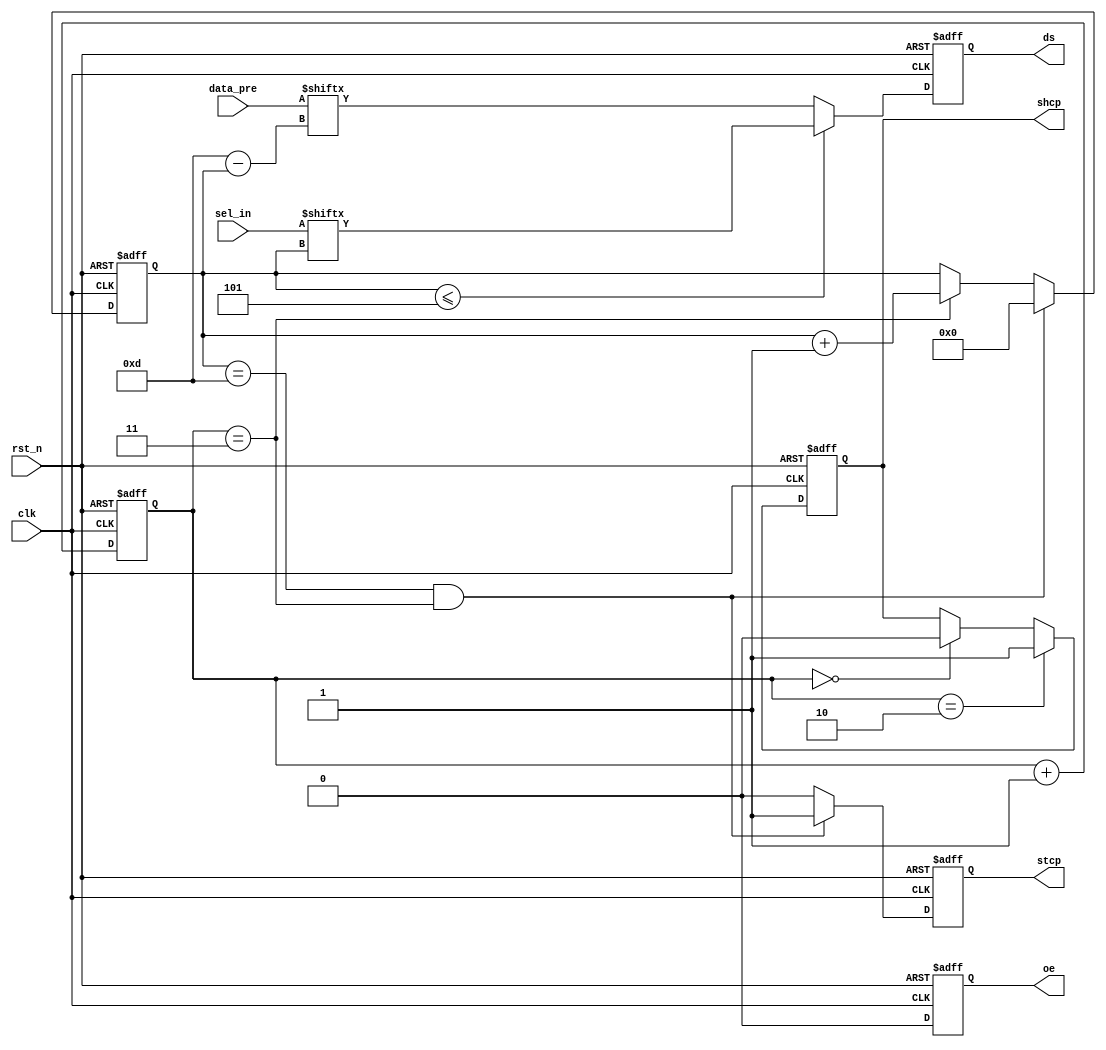
module Hc595_Pre (
	input clk,
	input rst_n,
	input [7:0] data_pre,
	input [5:0] sel_in,
	output reg ds,
	output reg shcp,
	output reg stcp,
	output reg oe
);

	reg [1:0] cnt_4;	//shcp4clk
	reg [3:0] cnt_14;   //

	/*cnt_4*/
	always @(posedge clk or negedge rst_n) begin
		if(~rst_n) begin
			cnt_4 <= 2'd0;
		end else begin
			cnt_4 <= cnt_4 + 2'd1;
		end
	end

	/*cnt_14*/
	always @(posedge clk or negedge rst_n) begin
		if(~rst_n) begin
			cnt_14 <= 4'd0;
		end else if(cnt_14 == 4'd13 && cnt_4 == 2'd3) begin
			cnt_14 <= 4'd0;
		end else if(cnt_4 == 2'd3) begin
			cnt_14 <= cnt_14 + 4'd1;
		end else begin
			cnt_14 <= cnt_14;
		end
	end

	/*output shcp*/
	always @(posedge clk or negedge rst_n) begin
		if(~rst_n) begin
			shcp <= 1'd0;
		end else if(cnt_4 == 2'd2) begin
			shcp <= 1'd1;
		end else if(cnt_4 == 2'd0) begin
			shcp <= 1'd0;
		end else begin
			shcp <= shcp;
		end
	end

	/*output stcp*/
	always @(posedge clk or negedge rst_n) begin
		if(~rst_n) begin
			stcp <= 1'd0;
		end else if(cnt_14 == 4'd13 && cnt_4 == 2'd3) begin
			stcp <= 1'd1;
		end else begin
			stcp <= 1'd0;
		end
	end

    /*output ds*/
    always @(posedge clk or negedge rst_n) begin
    	if(~rst_n) begin
    		ds <= 1'd0;
    	end else if(cnt_14 <= 4'd5) begin
    		ds <= sel_in[cnt_14];
    	end else begin
    		ds <= data_pre[4'd13 - cnt_14];
    	end
    end

    /*output oe*/
    always @(posedge clk or negedge rst_n) begin
    	if(~rst_n) begin
    		oe <= 1'd1;
    	end else begin
    		oe <= 1'd0;
    	end
    end

endmodule